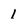
Character: 1